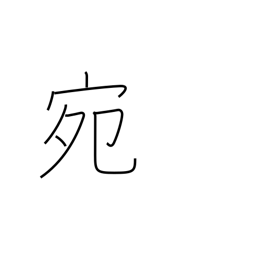
Meaning: fortunately